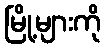
မြို့များကို